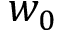
w _ { 0 }